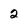
Character: 2